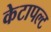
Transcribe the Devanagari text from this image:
केटापल्ट